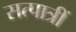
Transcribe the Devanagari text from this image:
सत्पात्रीं